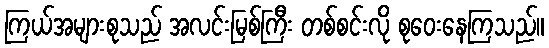
ကြယ်အများစုသည် အလင်းမြစ်ကြီး တစ်စင်းလို စုဝေးနေကြသည်။